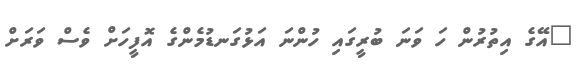
"އޭގެ އިތުރުން ހަ ވަނަ ބުރީގައި ހުންނަ އަޅުގަނޑުމެންގެ އޮފީހަށް ވެސް ވަރަށް